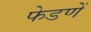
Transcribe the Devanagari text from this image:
फेडणें